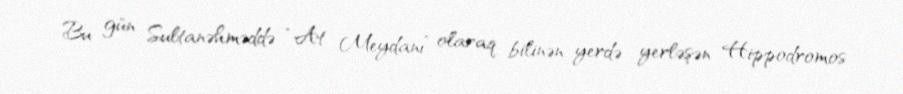
Bu gün Sultanəhməddə “At Meydanı” olaraq bilinən yerdə yerləşən Hippodromos